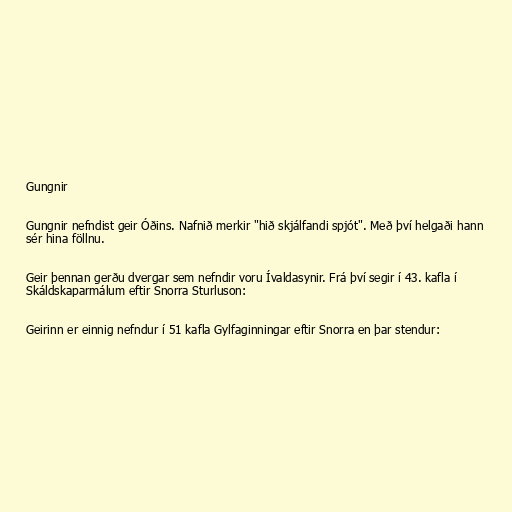
Gungnir

Gungnir nefndist geir Óðins. Nafnið merkir "hið skjálfandi spjót". Með því helgaði hann
sér hina föllnu.

Geir þennan gerðu dvergar sem nefndir voru Ívaldasynir. Frá því segir í 43. kafla í
Skáldskaparmálum eftir Snorra Sturluson:

Geirinn er einnig nefndur í 51 kafla Gylfaginningar eftir Snorra en þar stendur: